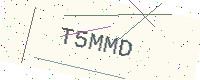
Text: T5MMD